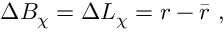
\Delta B _ { \chi } = \Delta L _ { \chi } = r - \bar { r } ~ ,